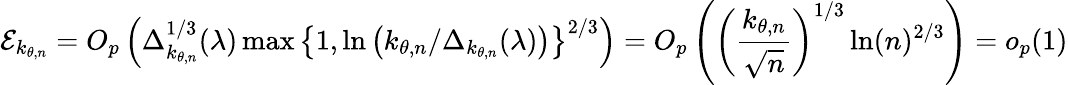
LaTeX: \mathcal{E}_{k_{\theta,n}}=O_{p}\left(\Delta_{k_{\theta,n}}^{1/3}(\lambda)\operatorname*{max}\left\{ 1,\ln\left(k_{\theta,n}/\Delta_{k_{\theta,n}}(\lambda)\right)\right\} ^{2/3}\right)=O_{p}\left(\left(\frac{k_{\theta,n}}{\sqrt{n}}\right)^{1/3}\ln(n)^{2/3}\right)=o_{p}(1)